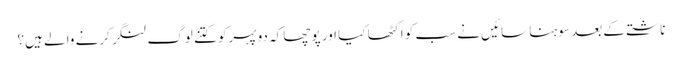
ناشتے کے بعد سوہنا سائیں نے سب کو اکٹھا کیا اور پوچھا کہ دوپہرکو کتنے لوگ لنگر کرنے والے ہیں؟